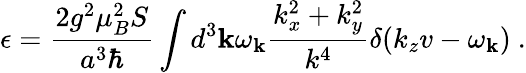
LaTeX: \epsilon=\frac{2g^{2}\mu_{B}^{2}S}{a^{3}\hbar}\int d^{3}{\mathbf k}\omega_{\mathbf k}\frac{k_{x}^{2}+k_{y}^{2}}{k^{4}}\delta(k_{z}v-\omega_{\mathbf k})~.